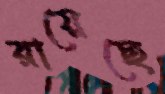
রায়েছে